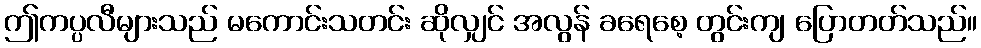
ဤကပ္ပလီများသည် မကောင်းသတင်း ဆိုလျှင် အလွန် ခရေစေ့ တွင်းကျ ပြောတတ်သည်။